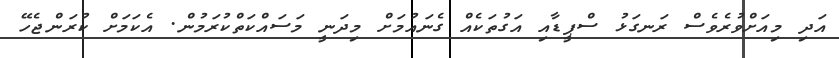
އަދި މިއަށްވުރެވެސް ރަނގަޅު ސްޕީޑާއި އަގުތަކެއް ގެނައުމަށް މިދަނީ މަސައްކަތްކުރަމުން. އެކަމަށް ކުރަންޖެހޭ